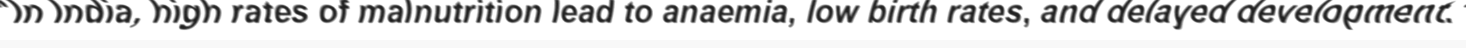
"In India, high rates of malnutrition lead to anaemia, low birth rates, and delayed development."